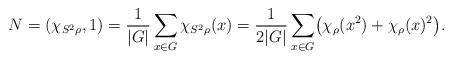
LaTeX: \begin{align*} N= (\chi_{S^2\rho}, 1) = \frac{1}{|G|} \sum_{x \in G } \chi_{S^2\rho}(x) = \frac{1}{2|G|} \sum_{x \in G } \bigl ( \chi_\rho(x^2) + \chi_\rho(x)^2 \bigr). \end{align*}